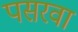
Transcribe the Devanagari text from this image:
पसरवा